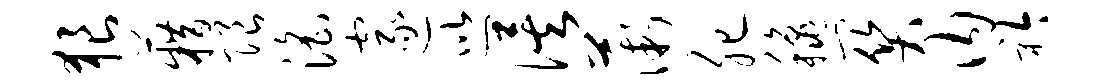
狼籍限淫邃巡俟薇肥秋关内衿